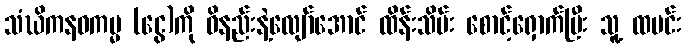
သံဃိကနဝကမ္မ (ငွေ)ကို ဝိနည်းနဲ့လျော်အောင် ထိန်းသိမ်း စောင့်ရှောက်ပြီး သူ့ ထမင်း